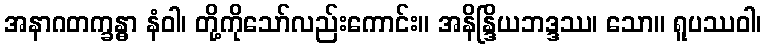
အနာဂတက္ခန္ဓာ နံဝါ၊ တို့ကိုသော်လည်းကောင်း။ အနိန္ဒြိယဘဒ္ဒဿ၊ သော။ ရူပဿဝါ၊